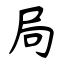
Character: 局